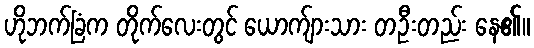
ဟိုဘက်ခြံက တိုက်လေးတွင် ယောက်ျားသား တဦးတည်း နေ၏။